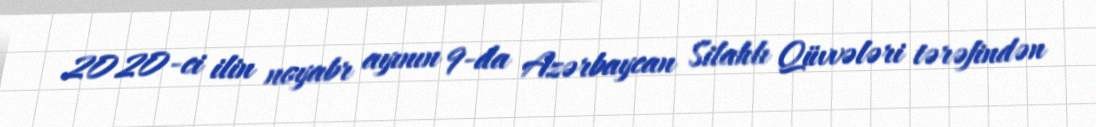
2020-ci ilin noyabr ayının 9-da Azərbaycan Silahlı Qüvvələri tərəfindən